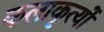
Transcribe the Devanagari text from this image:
कलाकृत्यों